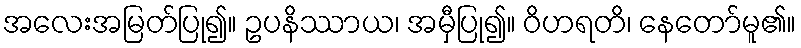
အလေးအမြတ်ပြု၍။ ဥပနိဿာယ၊ အမှီပြု၍။ ဝိဟရတိ၊ နေတော်မူ၏။